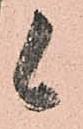
候